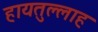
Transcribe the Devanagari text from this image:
हायतुल्लाह